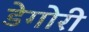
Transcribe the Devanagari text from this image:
डेगोरी